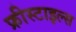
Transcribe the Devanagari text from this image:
फ्रीस्टाइल्स